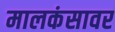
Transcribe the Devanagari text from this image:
मालकंसावर